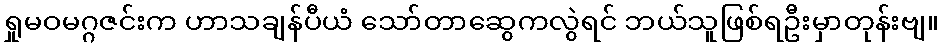
ရှုမဝမဂ္ဂဇင်းက ဟာသချန်ပီယံ သော်တာဆွေကလွဲရင် ဘယ်သူဖြစ်ရဦးမှာတုန်းဗျ။